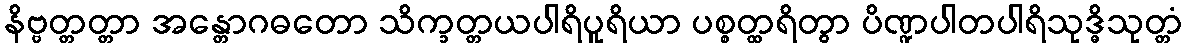
နိဗ္ဗတ္တတ္တာ အန္တောဂဓတော သိက္ခတ္တယပါရိပူရိယာ ပစ္စတ္ထရိတွာ ပိဏ္ဍပါတပါရိသုဒ္ဓိသုတ္တံ